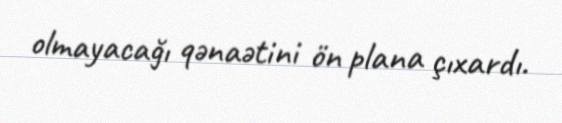
olmayacağı qənaətini ön plana çıxardı.